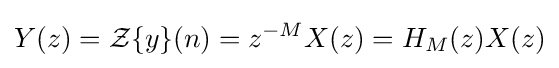
Y(z)={\mathcal {Z}}\{y\}(n)=z^{-M}X(z)=H_{M}(z)X(z)